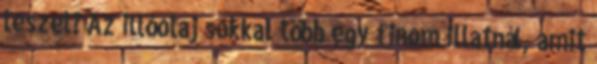
leszel? Az illóolaj sokkal több egy finom illatnál, amit